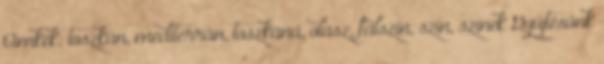
Címkék: toszkán, mediterrán, toszkána, olasz, falszín, szín, színek Gyűjtésünk